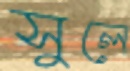
সুলে